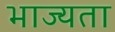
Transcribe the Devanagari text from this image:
भाज्यता